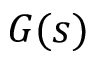
G ( s )